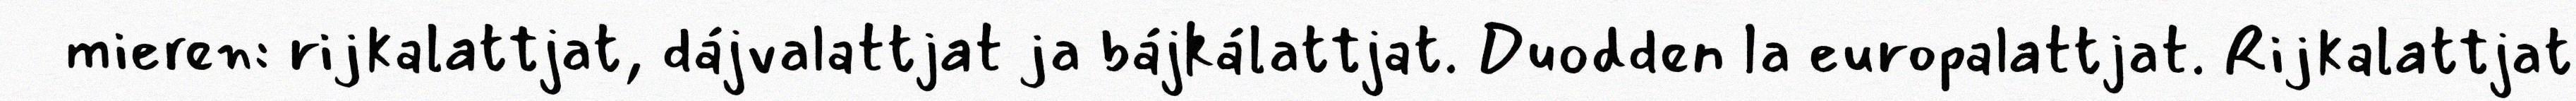
mieren: rijkalattjat, dájvalattjat ja bájkálattjat. Duodden la europalattjat. Rijkalattjat